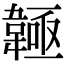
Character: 𩏊